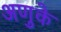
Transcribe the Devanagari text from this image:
अणुके